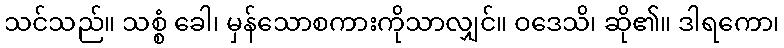
သင်သည်။ သစ္စံ ခေါ၊ မှန်သောစကားကိုသာလျှင်။ ဝဒေသိ၊ ဆို၏။ ဒါရကော၊